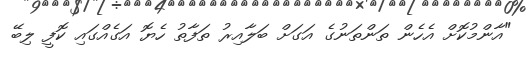
"އާންމުކޮށް އެހެން ތަންތަނުގެ އަގަށް ބަލާއިރު ތަފާތު ހެޔޮ އަގެއްގައި ކޮފީ ލިބޭ